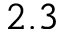
2 . 3